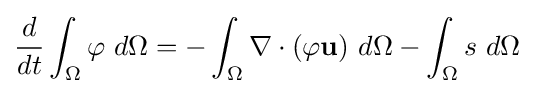
{\frac {d}{dt}}\int _{\Omega }\varphi \ d\Omega =-\int _{\Omega }\nabla \cdot (\varphi \mathbf {u} )\ d\Omega -\int _{\Omega }s\ d\Omega